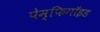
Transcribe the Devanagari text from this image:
पेम्फिगॉइड